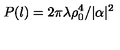
P ( l ) = 2 \pi \lambda \rho _ { 0 } ^ { 4 } / | \alpha | ^ { 2 }